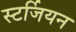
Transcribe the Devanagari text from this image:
स्टर्जियन